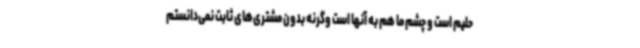
حلیم است و چشم ما هم به آنها است وگرنه بدون مشتری‌های ثابت نمی‌دانستم